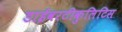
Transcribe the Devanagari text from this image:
डाईवरटीकुलिटिस